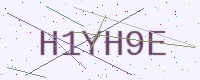
Text: H1YH9E